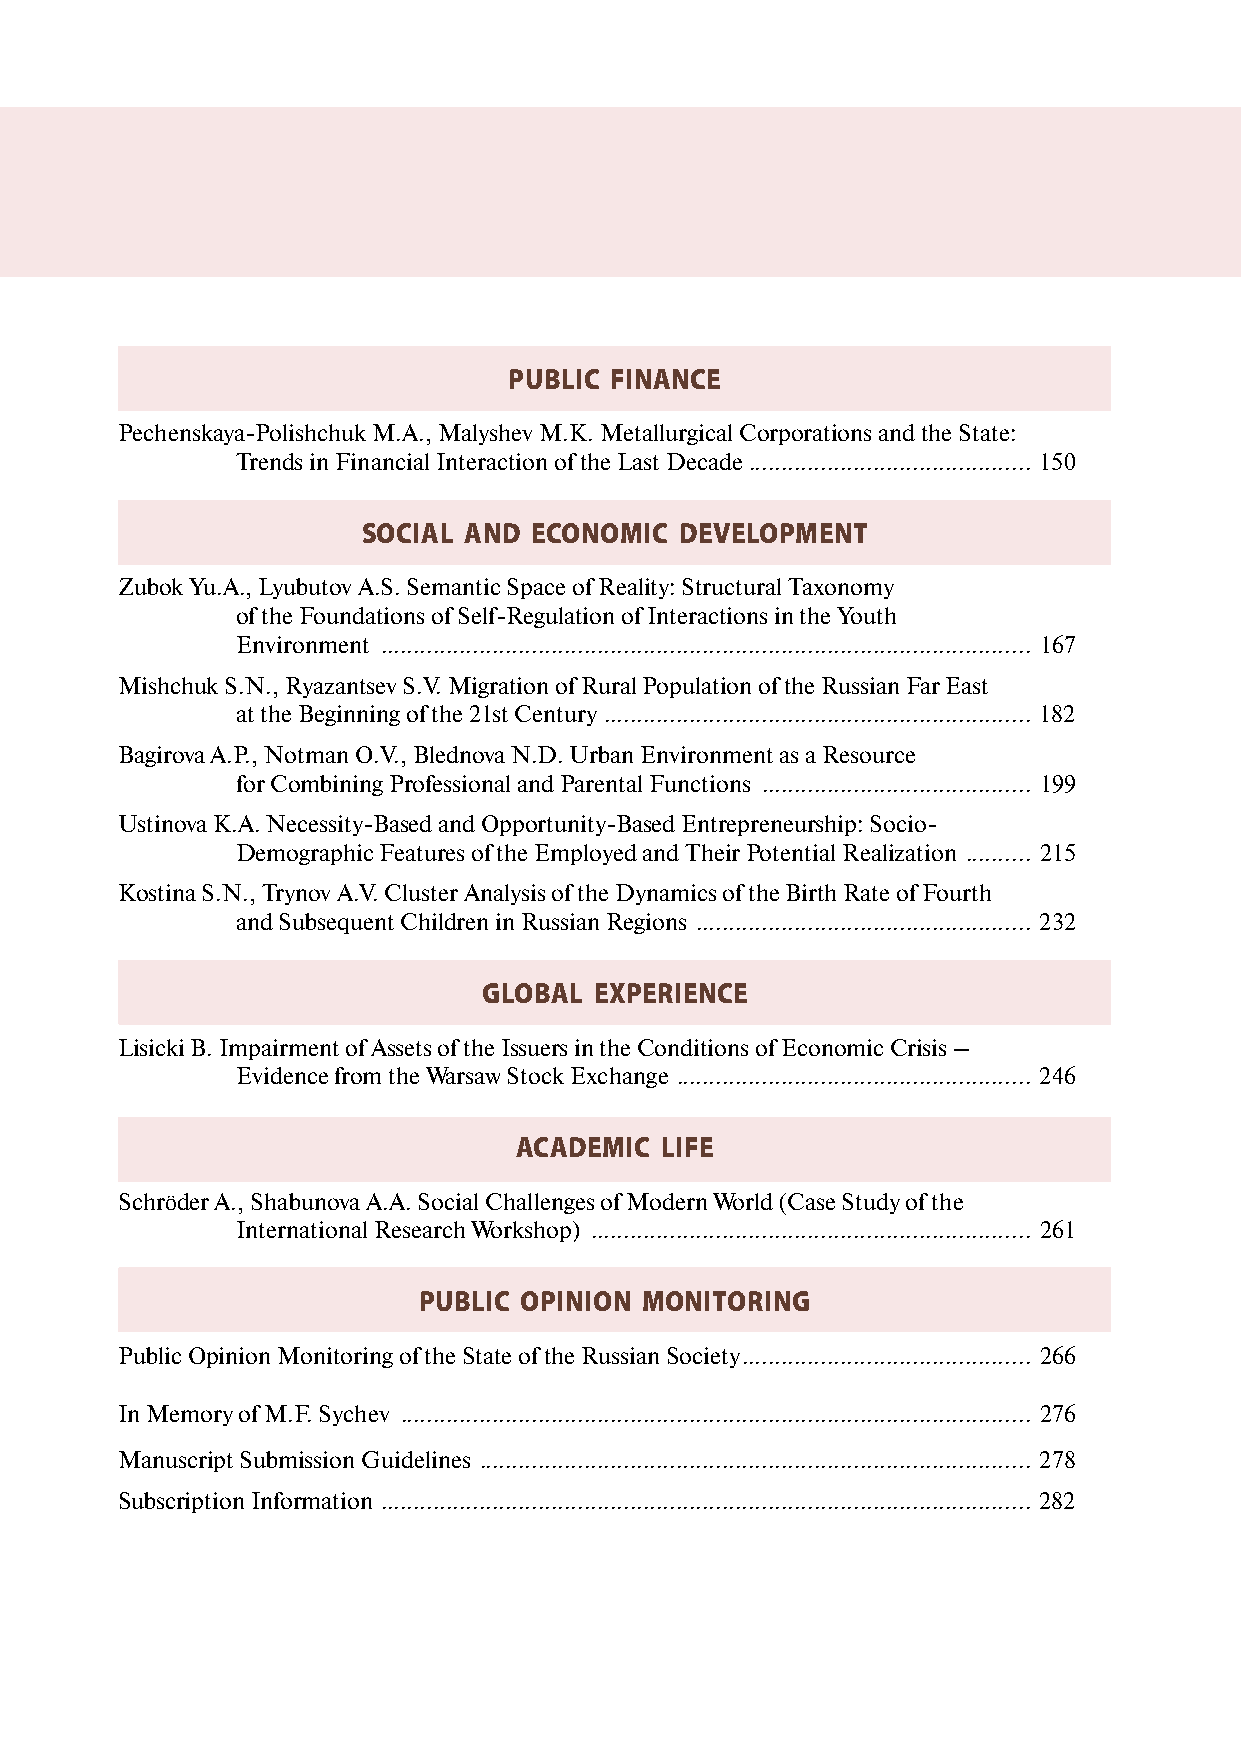
PUBLIC FINANCE
 Pechenskaya-Polishchuk М.А., Malyshev М.К. Metallurgical Corporations and the State:
 Trends in Financial Interaction of the Last Decade ........................................... 150
 SOCIAL AND ECONOMIC  DEVELOPMENT
 Zubok Yu.А., Lyubutov А.S. Semantic Space of Reality: Structural Taxonomy
 of the Foundations of Self-Regulation of Interactions in the Youth
 Environment ................................................................................................... 167
 Mishchuk S.N., Ryazantsev S.V. Migration of Rural Population of the Russian Far East
 at the Beginning of the 21st Century ................................................................. 182
 Bagirova А.P., Notman О.V., Blednova N.D. Urban Environment as a Resource
 for Combining Professional and Parental Functions ......................................... 199
 Ustinova К.А. Necessity-Based and Opportunity-Based Entrepreneurship: Socio-
 Demographic Features of the Employed and Their Potential Realization .......... 215
 Kostina S.N., Trynov А.V. Cluster Analysis of the Dynamics of the Birth Rate of Fourth
 and Subsequent Children in Russian Regions ................................................... 232
 GLOBAL EXPERIENCE
 Lisicki B. Impairment of Assets of the Issuers in the Conditions of Economic Crisis –
 Evidence from the Warsaw Stock Exchange ...................................................... 246
 ACADEMIC  LIFE
 Schröder А., Shabunova A.A. Social Challenges of Modern World (Case Study of the
 International Research Workshop) ................................................................... 261
 PUBLIC OPINION MONITORING
 Public Opinion Monitoring of the State of the Russian Society ............................................ 266
 In Memory of M.F. Sychev ................................................................................................ 276
 Manuscript Submission Guidelines .................................................................................... 278
 Subscription Information ................................................................................................... 282